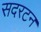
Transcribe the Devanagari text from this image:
सदरटन